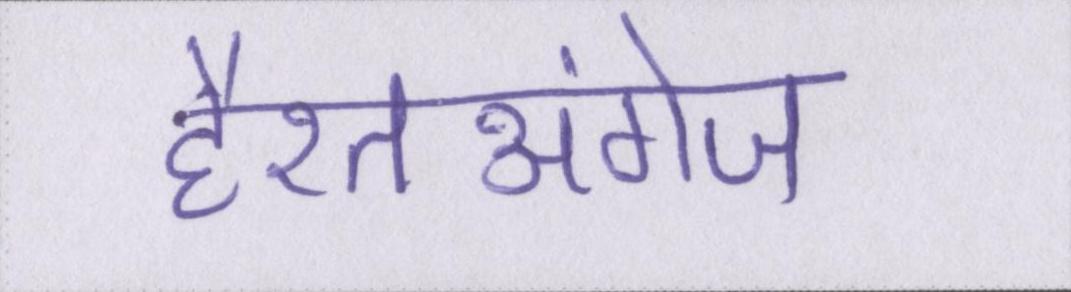
हैरतअंगेज